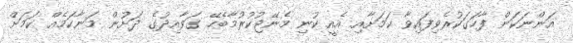
އަންނަކަން ފާހަގަކުރެވިފައިވާ ކަމަށާއި އެއީ ކުނި މެނޭޖުކުރުމާބެހޭ ގަވާއިދުގެ ދަށުން މަނާކަމެއް ކަމަށް